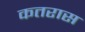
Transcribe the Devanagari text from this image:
कतरास